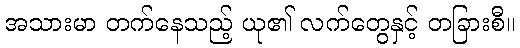
အသားမာ တက်နေသည့် ယု၏ လက်တွေနှင့် တခြားစီ။